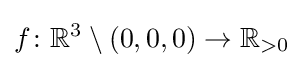
f\colon \mathbb {R} ^{3}\setminus {(0,0,0)}\to \mathbb {R} _{>0}